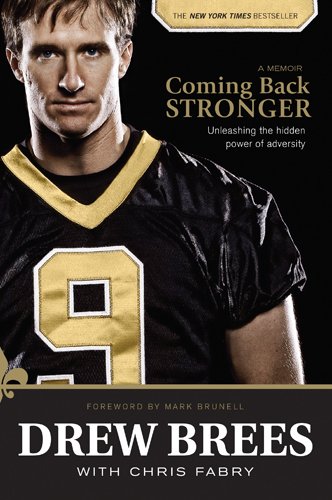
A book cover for Coming Back Stronger: Unleashing the Hidden Power of Adversity; Drew Brees; Biographies & Memoirs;